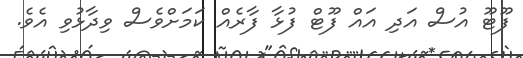
ފޫޓޫ އުސް އަދި އައް ފޫޓް ފުޅާ ފާރެއް ކަމަށްވެސް ވިދާޅުވި އެވެ.